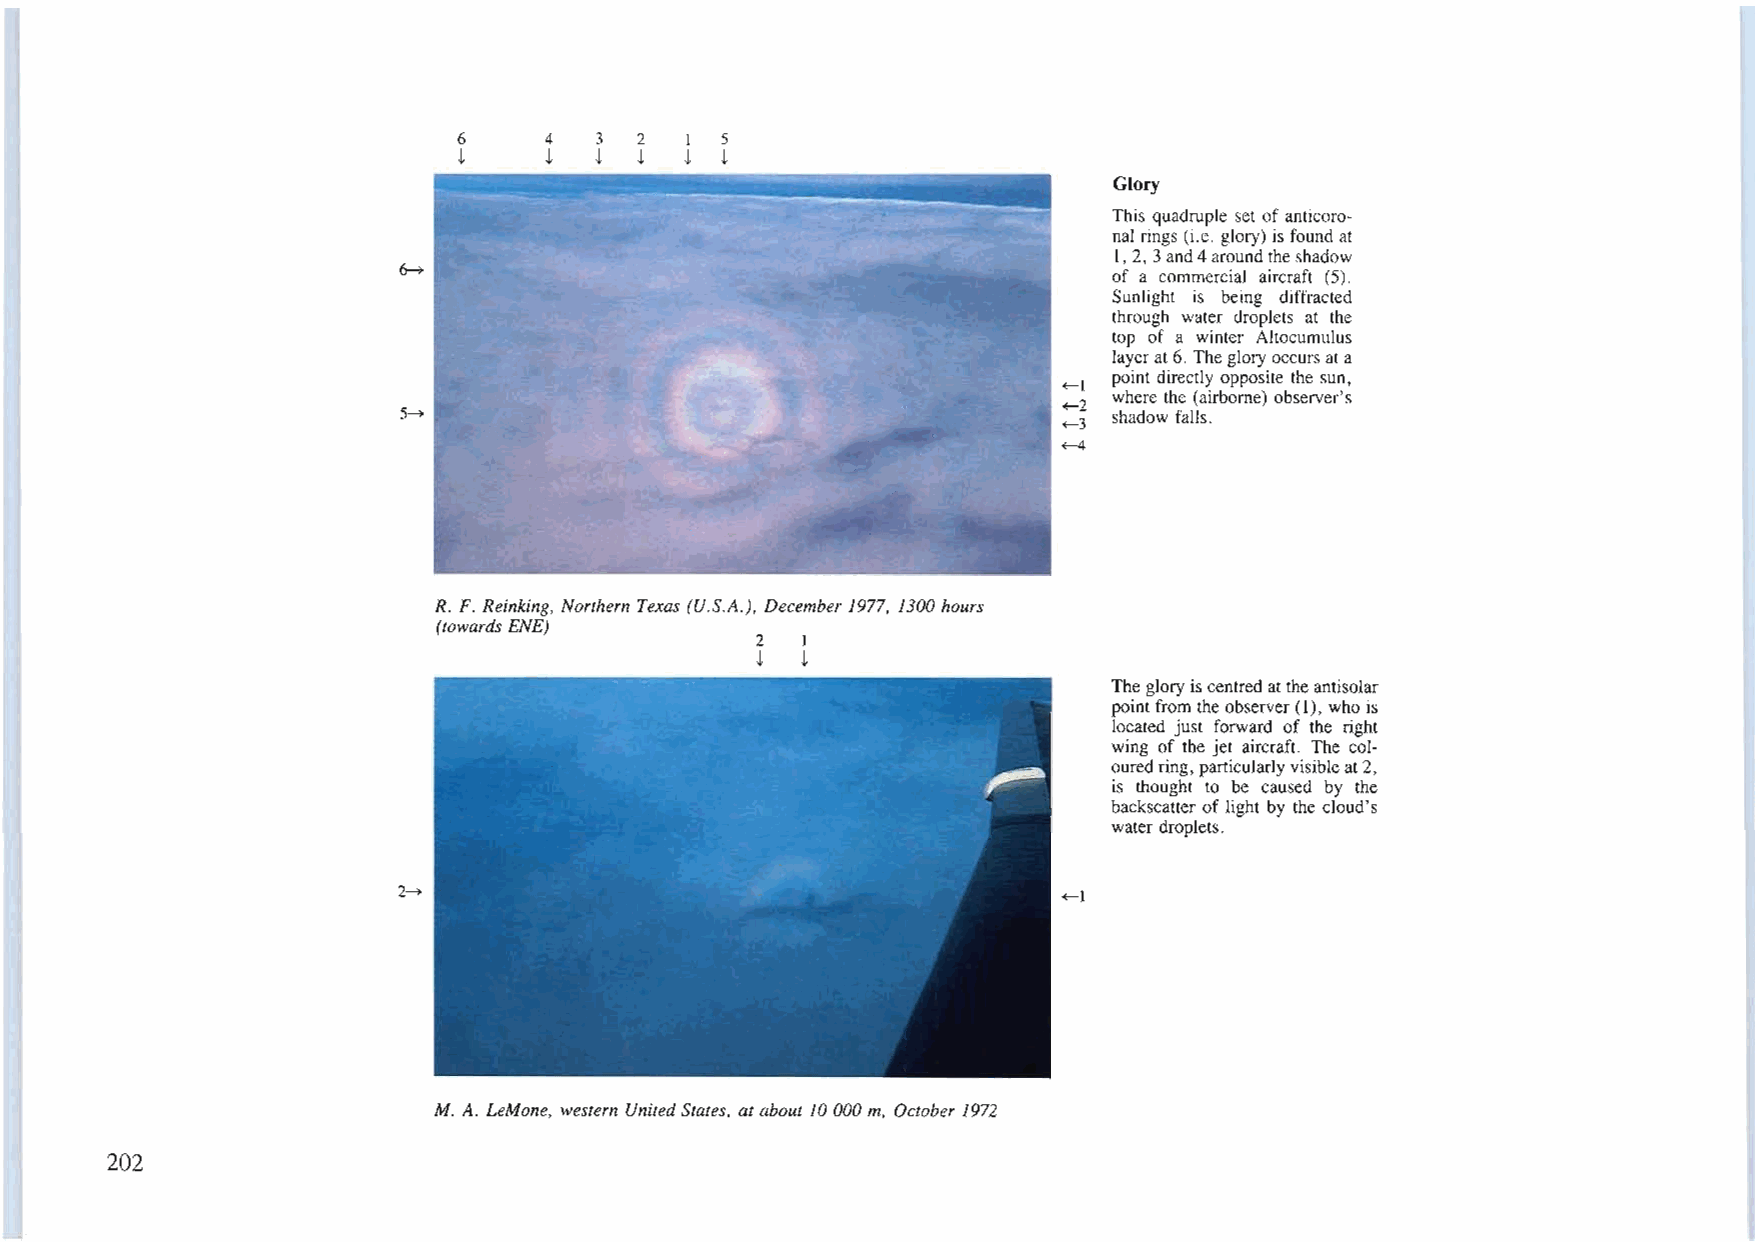
6     4  3  2  I  5
 t     t  t  t  t  t
 Glory
 This quadruple set ofanticoro
 nal rings (i.e. glory) is found at
 I, 2,3and4around theshadow
 ~                                               of a commercial aircraft (5).
 Sunlight is being diffracted
 through water droplets at the
 top of a winter Altocumulus
 layerat6. Thegloryoccursata
 point directly opposite the sun,
 ~l
 where the (airborne) observer's
 ~2
 5~                                              shadow falls.
 ~3
 ~
 R. F. Reinking, Northern Texas (U.S.A.), December1977, 1300 hours
 (towards ENE)
 2  I
 t  t
 Thegloryiscentredattheantisolar
 pointfrom theobserver(I), who is
 located just forward of the right
 wing of the jet aircraft. The col
 ouredring,particularlyvisibleat2,
 is thought to be caused by the
 backscatter of light by the cloud's
 waterdroplets.
 2~                                          ~l
 M. A. LeMone, western UnitedStates, atabout 10000 m, October 1972
 202